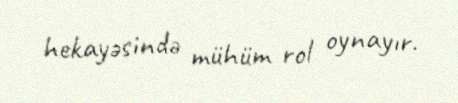
hekayəsində mühüm rol oynayır.